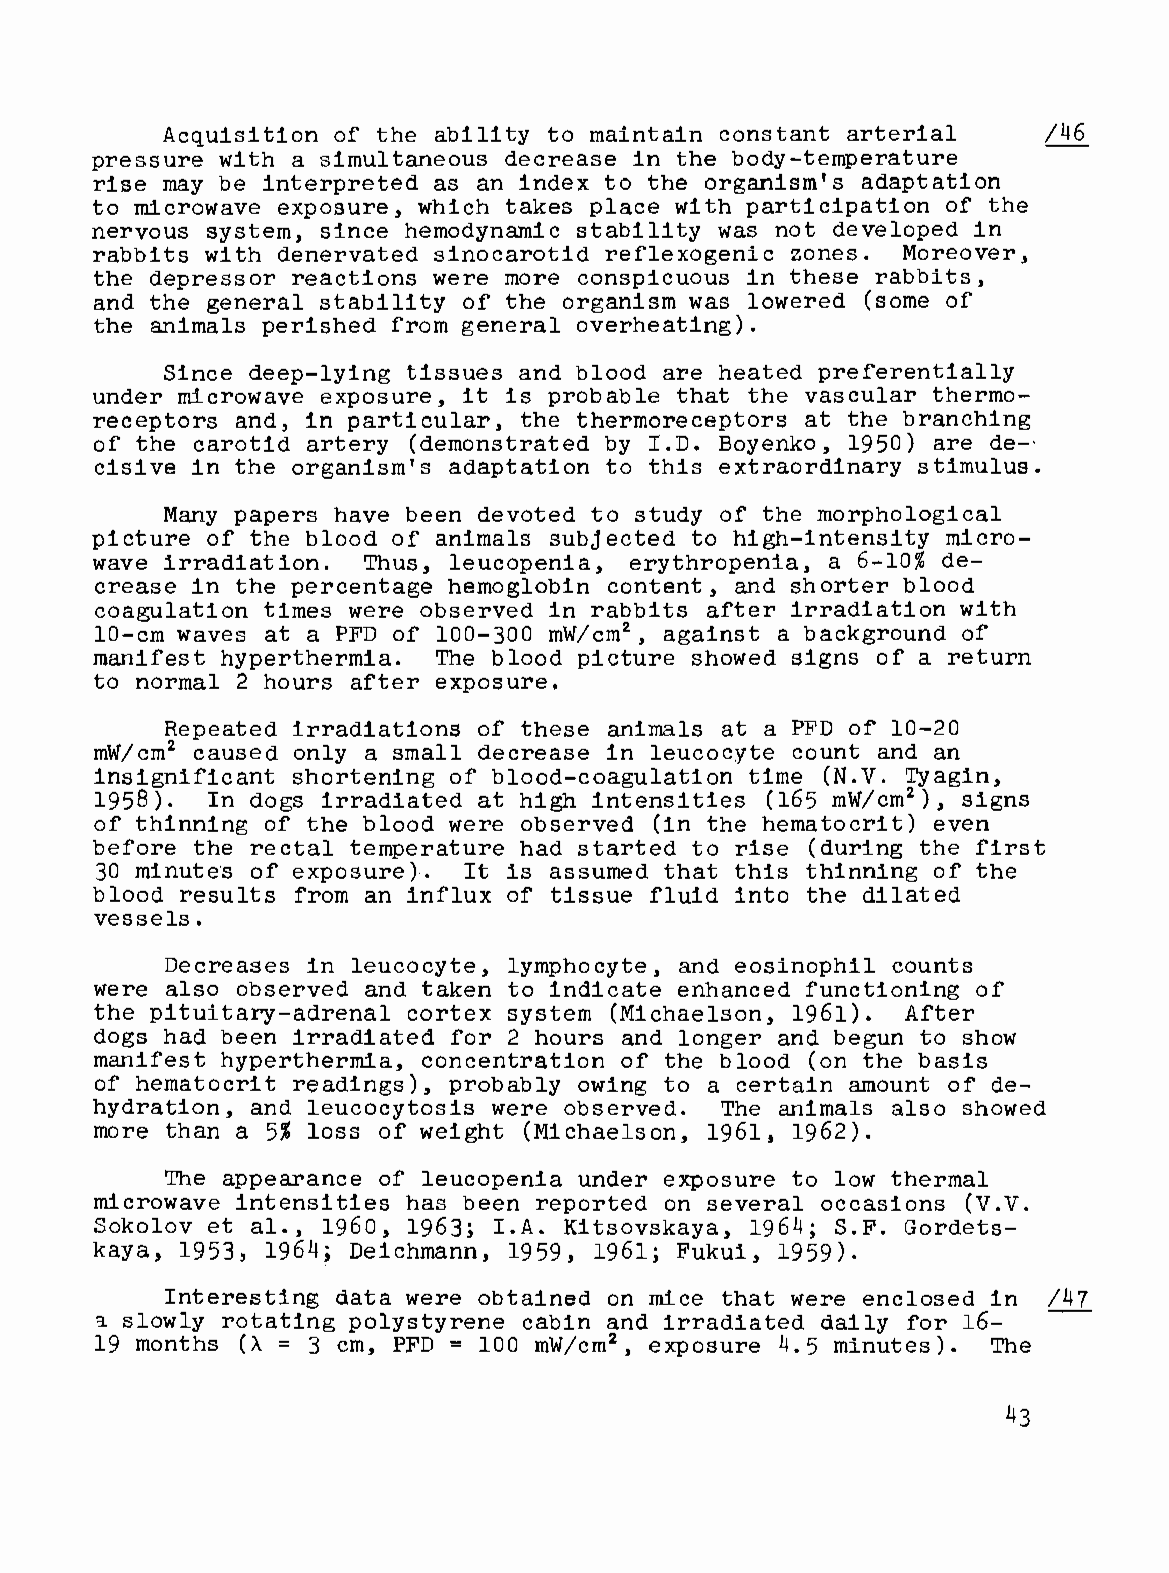
Acquisition of the ability to maintain constant arterial  /46
 pressure with a simultaneous decrease in the body-temperature
 rise may be interpreted as an index to the organism's adaptation
 to microwave exposure, which takes place with participation of the
 nervous system, since hemodynamic stability was not developed in
 rabbits with denervated sinocarotid reflexogenic zones. Moreover,
 the depressor reactions were more conspicuous in these rabbits,
 and the general stability of the organism was lowered (some of
 the animals perished from general overheating).
 Since deep-lying tissues and blood are heated preferentially
 under microwave exposure, it is probable that the vascular thermo
 receptors and, in particular, the thermoreceptors at the branching
 of the carotid artery (demonstrated by I.D. Boyenko, 1950) are de-'
 cisive in the organism's adaptation to this extraordinary stimulus.
 Many papers have been devoted to study of the morphological
 picture of the blood of animals subjected to high-intensity micro
 wave irradiation. Thus, leucopenia, erythropenia, a 6-10% de
 crease in the percentage hemoglobin content, and shorter blood
 coagulation times were observed in rabbits after irradiation with
 2
 10-cm waves at a PFD of 100-300 mW/cm , against a background of
 manifest hyperthermia. The blood picture showed signs of a return
 to normal 2 hours after exposure.
 Repeated irradiations of these animals at a PFD of 10-20
 2
 mW/cm  caused only a small decrease in leucocyte count and an
 insignificant shortening of blood-coagulation time (N.V. Tyagin,
 2
 1958).  In dogs irradiated at high intensities (165 mW/cm ), signs
 of thinning of the blood were observed (in the hematocrit) even
 before the rectal temperature had started to rise (during the first
 30 minute's of exposure). It is assumed that this thinning of the
 blood results from an influx of tissue fluid into the dilated
 vessels.
 Decreases in leucocyte, lymphocyte, and eosinophil counts
 were also observed and taken to indicate enhanced functioning of
 the pituitary-adrenal cortex system (Michaelson, 1961). After
 dogs had been irradiated for 2 hours and longer and begun to show
 manifest hyperthermia, concentration of the blood (on the basis
 of hematocrit readings), probably owing to a certain amount of de
 hydration, and leucocytosis were observed. The animals also showed
 more than a 5% loss of weight (Michaelson, 1961, 1962).
 The appearance of leucopenia under exposure to low thermal
 microwave intensities has been reported on several occasions (V.V.
 Sokolov et al., 1960, 1963; I.A. Kitsovskaya, 1964; S.F. Gordets
 kaya, 1953, 1964; Deichmann, 1959, 1961; Fukui, 1959).
 Interesting data were obtained on mice that were enclosed in /47
 slowly rotating polystyrene cabin and irradiated daily for 16-
 ~
 =           =
 19 months (A  3 cm, PFD   100 mW/cm2, exposure 4.5 minutes). The
 43